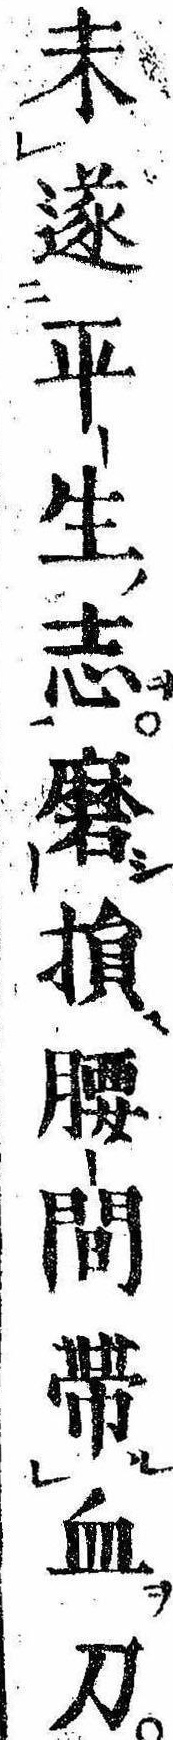
未遂平生志磨損腰間帯血刀